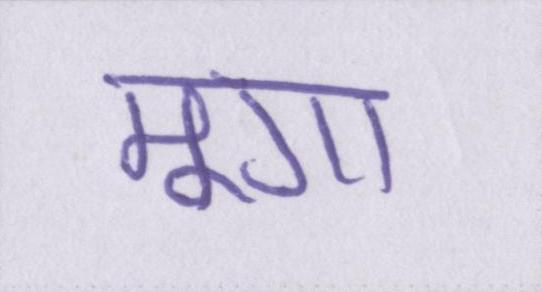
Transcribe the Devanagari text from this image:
मूंगा